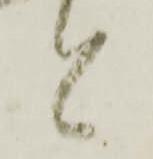
と